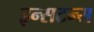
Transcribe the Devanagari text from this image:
इन्सटन्स